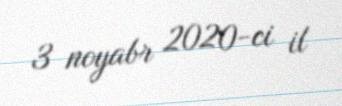
3 noyabr 2020-ci il